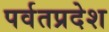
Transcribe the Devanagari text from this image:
पर्वतप्रदेश